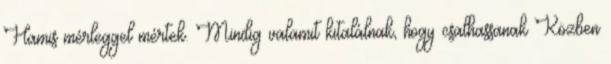
Hamis mérleggel mértek. Mindig valamit kitalálnak, hogy csalhassanak Közben